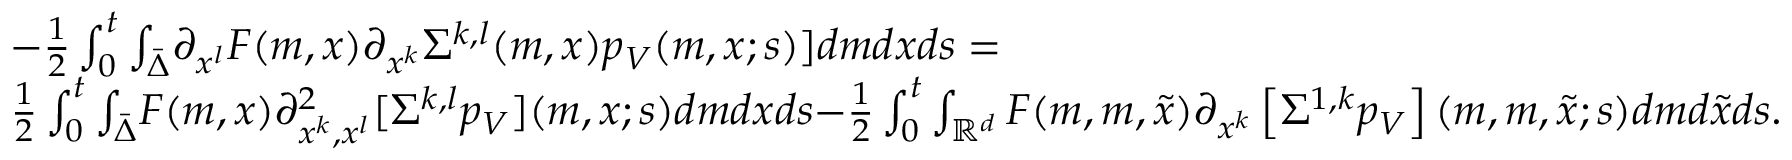
\begin{array} { r l } & { - \frac { 1 } { 2 } \int _ { 0 } ^ { t } { \int _ { \bar { \Delta } } } \partial _ { x ^ { l } } F ( m , x ) \partial _ { x ^ { k } } \Sigma ^ { { k , l } } ( m , x ) p _ { V } ( m , x ; s ) ] d m d x d s = } \\ & { \frac { 1 } { 2 } \int _ { 0 } ^ { t } { \int _ { \bar { \Delta } } } F ( m , x ) \partial _ { x ^ { k } , x ^ { l } } ^ { 2 } [ \Sigma ^ { k , l } p _ { V } ] ( m , x ; s ) d m d x d s { - \frac { 1 } { 2 } \int _ { 0 } ^ { t } \int _ { { \mathbb R } ^ { d } } F ( m , m , \tilde { x } ) \partial _ { x ^ { k } } \left[ \Sigma ^ { 1 , k } p _ { V } \right] ( m , m , \tilde { x } ; s ) d m d \tilde { x } d s } . } \end{array}